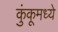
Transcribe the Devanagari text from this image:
कुंकूमध्ये